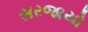
સરજાયો